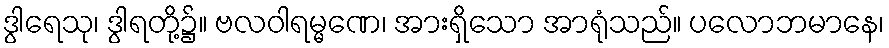
ဒွါရေသု၊ ဒွါရတို့၌။ ဗလဝါရမ္မဏေ၊ အားရှိသော အာရုံသည်။ ပလောဘမာနေ၊